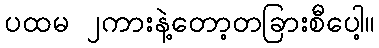
ပထမ ၂ကားနဲ့တော့တခြားစီပေါ့။